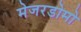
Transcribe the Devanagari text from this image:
मेजरडोमो